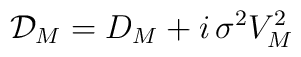
\mathcal{D}_M=D_M+i\,\sigma^2 V_M^2